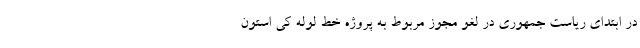
در ابتدای ریاست جمهوری در لغو مجوز مربوط به پروژه خط لوله کی استون